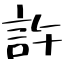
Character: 許